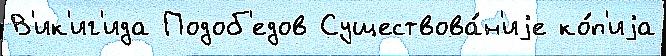
В'ик'иг'ида Подоб'едов Существова́н'иjе ко́п'иjа